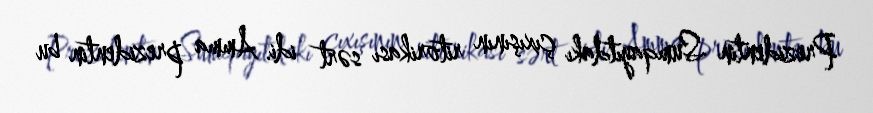
Prezidentin Sumqayıtdakı çıxışının ritorikası sərt idi. Amma prezidentin bu